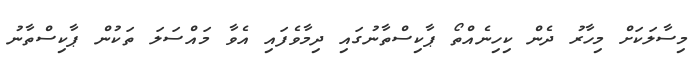
މިސާލަކަށް މިހާރު ދެން ކިހިނެއްތޯ ޕާކިސްތާނުގައި ދިމާވެފައި އެވާ މައްސަލަ ތަކުން ޕާކިސްތާނު